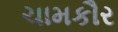
ચામકૌર